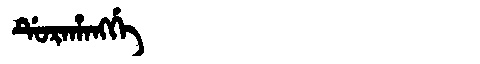
Manchu: ᡩᡠᡵᠠᡥᠠᠩᡤᡝ
Romanization: DURAHANGGE